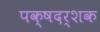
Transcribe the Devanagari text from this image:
पक्षदर्शक